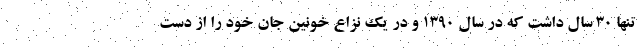
تنها ۳۰ سال داشت که در سال ۱۳۹۰ و در یک نزاع خونین جان خود را از دست